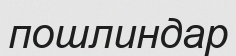
пошлиндар